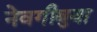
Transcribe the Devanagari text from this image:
नेवगीबुवा